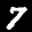
Label: 7